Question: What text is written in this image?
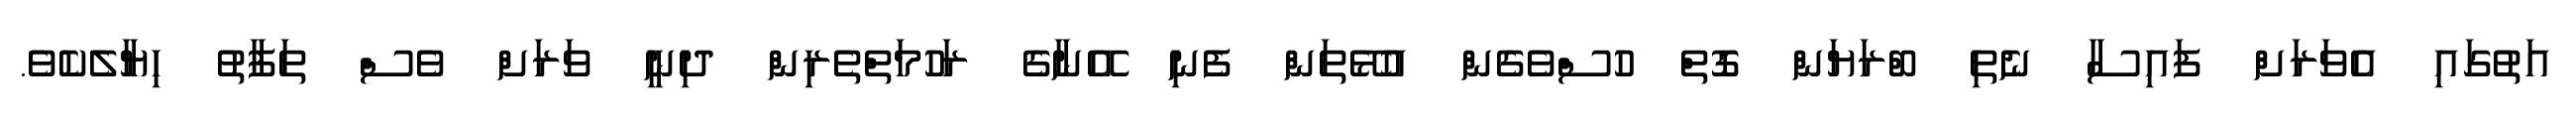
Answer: އަތުގައި އެވަރަށް ފައިސާ ނެތި ބްރަޔަން ގޮތް ހުސްވެގެން އުޅޭތަން ފެނި އޭނާގެ ރަހުމަތްތެރިން ދިނީ ވަރަށް ވެސް ތަފާތު ހިޔާލެކެވެ.